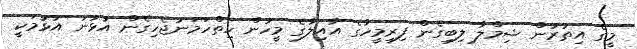
މީގެ އިތުރުން ޝިމްލާ ލިބިގެން ފިރިމީހާގެ އާއިލާގެ މީހުން ހިތްހަމަނުޖެހިގެން އުޅުނު އުޅުމަކީ